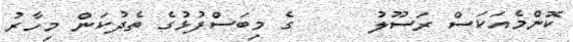
ކޮންމެއަކަސް ރަސޫލު     ގެ މިބަސްފުޅުގެ ތެދުކަން މިހާރު